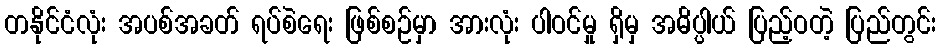
တနိုင်ငံလုံး အပစ်အခတ် ရပ်စဲရေး ဖြစ်စဉ်မှာ အားလုံး ပါဝင်မှု ရှိမှ အဓိပ္ပါယ် ပြည့်ဝတဲ့ ပြည်တွင်း